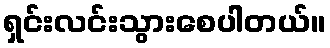
ရှင်းလင်းသွားစေပါတယ်။